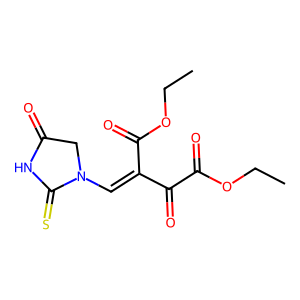
SMILES: CCOC(=O)C(=O)C(=CN1CC(=O)NC1=S)C(=O)OCC
Inhibits HIV replication: No